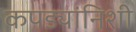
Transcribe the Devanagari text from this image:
कपड्यांनिशी